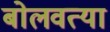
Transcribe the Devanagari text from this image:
बोलवत्या